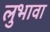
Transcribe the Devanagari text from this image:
लुभावा